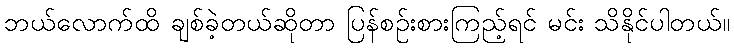
ဘယ်လောက်ထိ ချစ်ခဲ့တယ်ဆိုတာ ပြန်စဉ်းစားကြည့်ရင် မင်း သိနိုင်ပါတယ်။